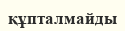
құпталмайды